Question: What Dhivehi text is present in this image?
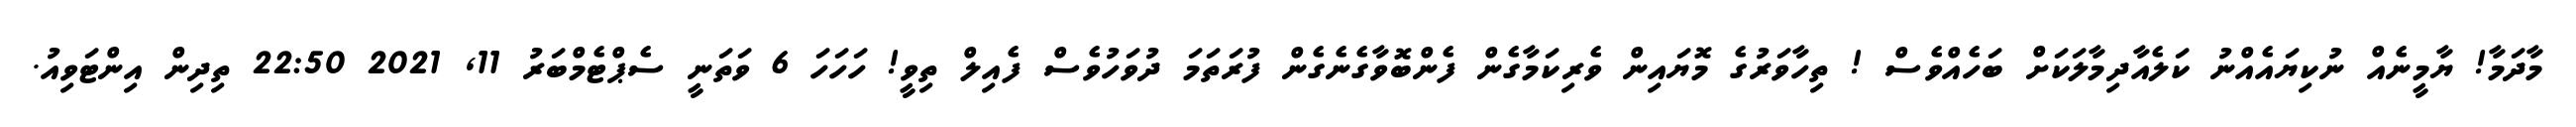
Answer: މާދަމާ! ޔާމީނެއް ނުކިޔައެއްނު ކަލެއާދިމާލަކަށް ބަހެއްވެސް ! ތިހާވަރުގެ މޮޔައިން ވެރިކަމާގެން ފެންބޮވާގެނެގެން ފުރަތަމަ ދުވަހުވެސް ފެއިލް ތިވީ! ހަހަހަ 6 ވަތަނީ ސެޕްޓެމްބަރު 11, 2021 22:50 ތިދިން އިންޓަވިއު.